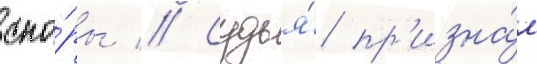
спо́ры // Судья́ пр'изна́л